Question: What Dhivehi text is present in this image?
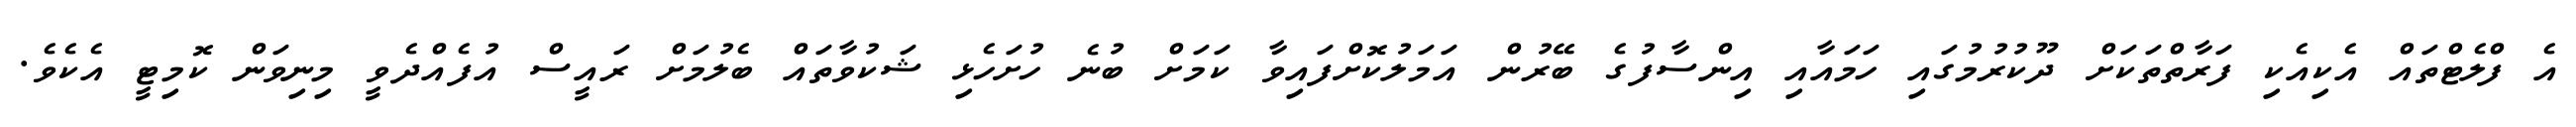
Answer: އެ ފްލެޓްތައް އެކިއެކި ފަރާތްތަކަށް ދޫކުރުމުގައި ހަމައާއި އިންސާފުގެ ބޭރުން އަމަލުކޮށްފައިވާ ކަމަށް ބުނެ ހުށަހެޅި ޝަކުވާތައް ބެލުމަށް ރައީސް އުފެއްދެވީ މިނިވަން ކޮމިޓީ އެކެވެ.